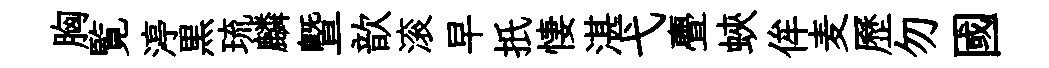
胸覧渟黒琉麟暨歆滚早扺悽湛弋亹蛺侔麦歷勿國